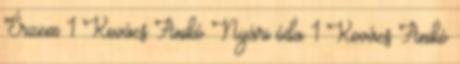
Érzem 1 Kovács Anikó Nyári óda 1 Kovács Anikó